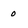
Character: o